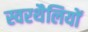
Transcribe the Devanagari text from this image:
स्वरथैलियों